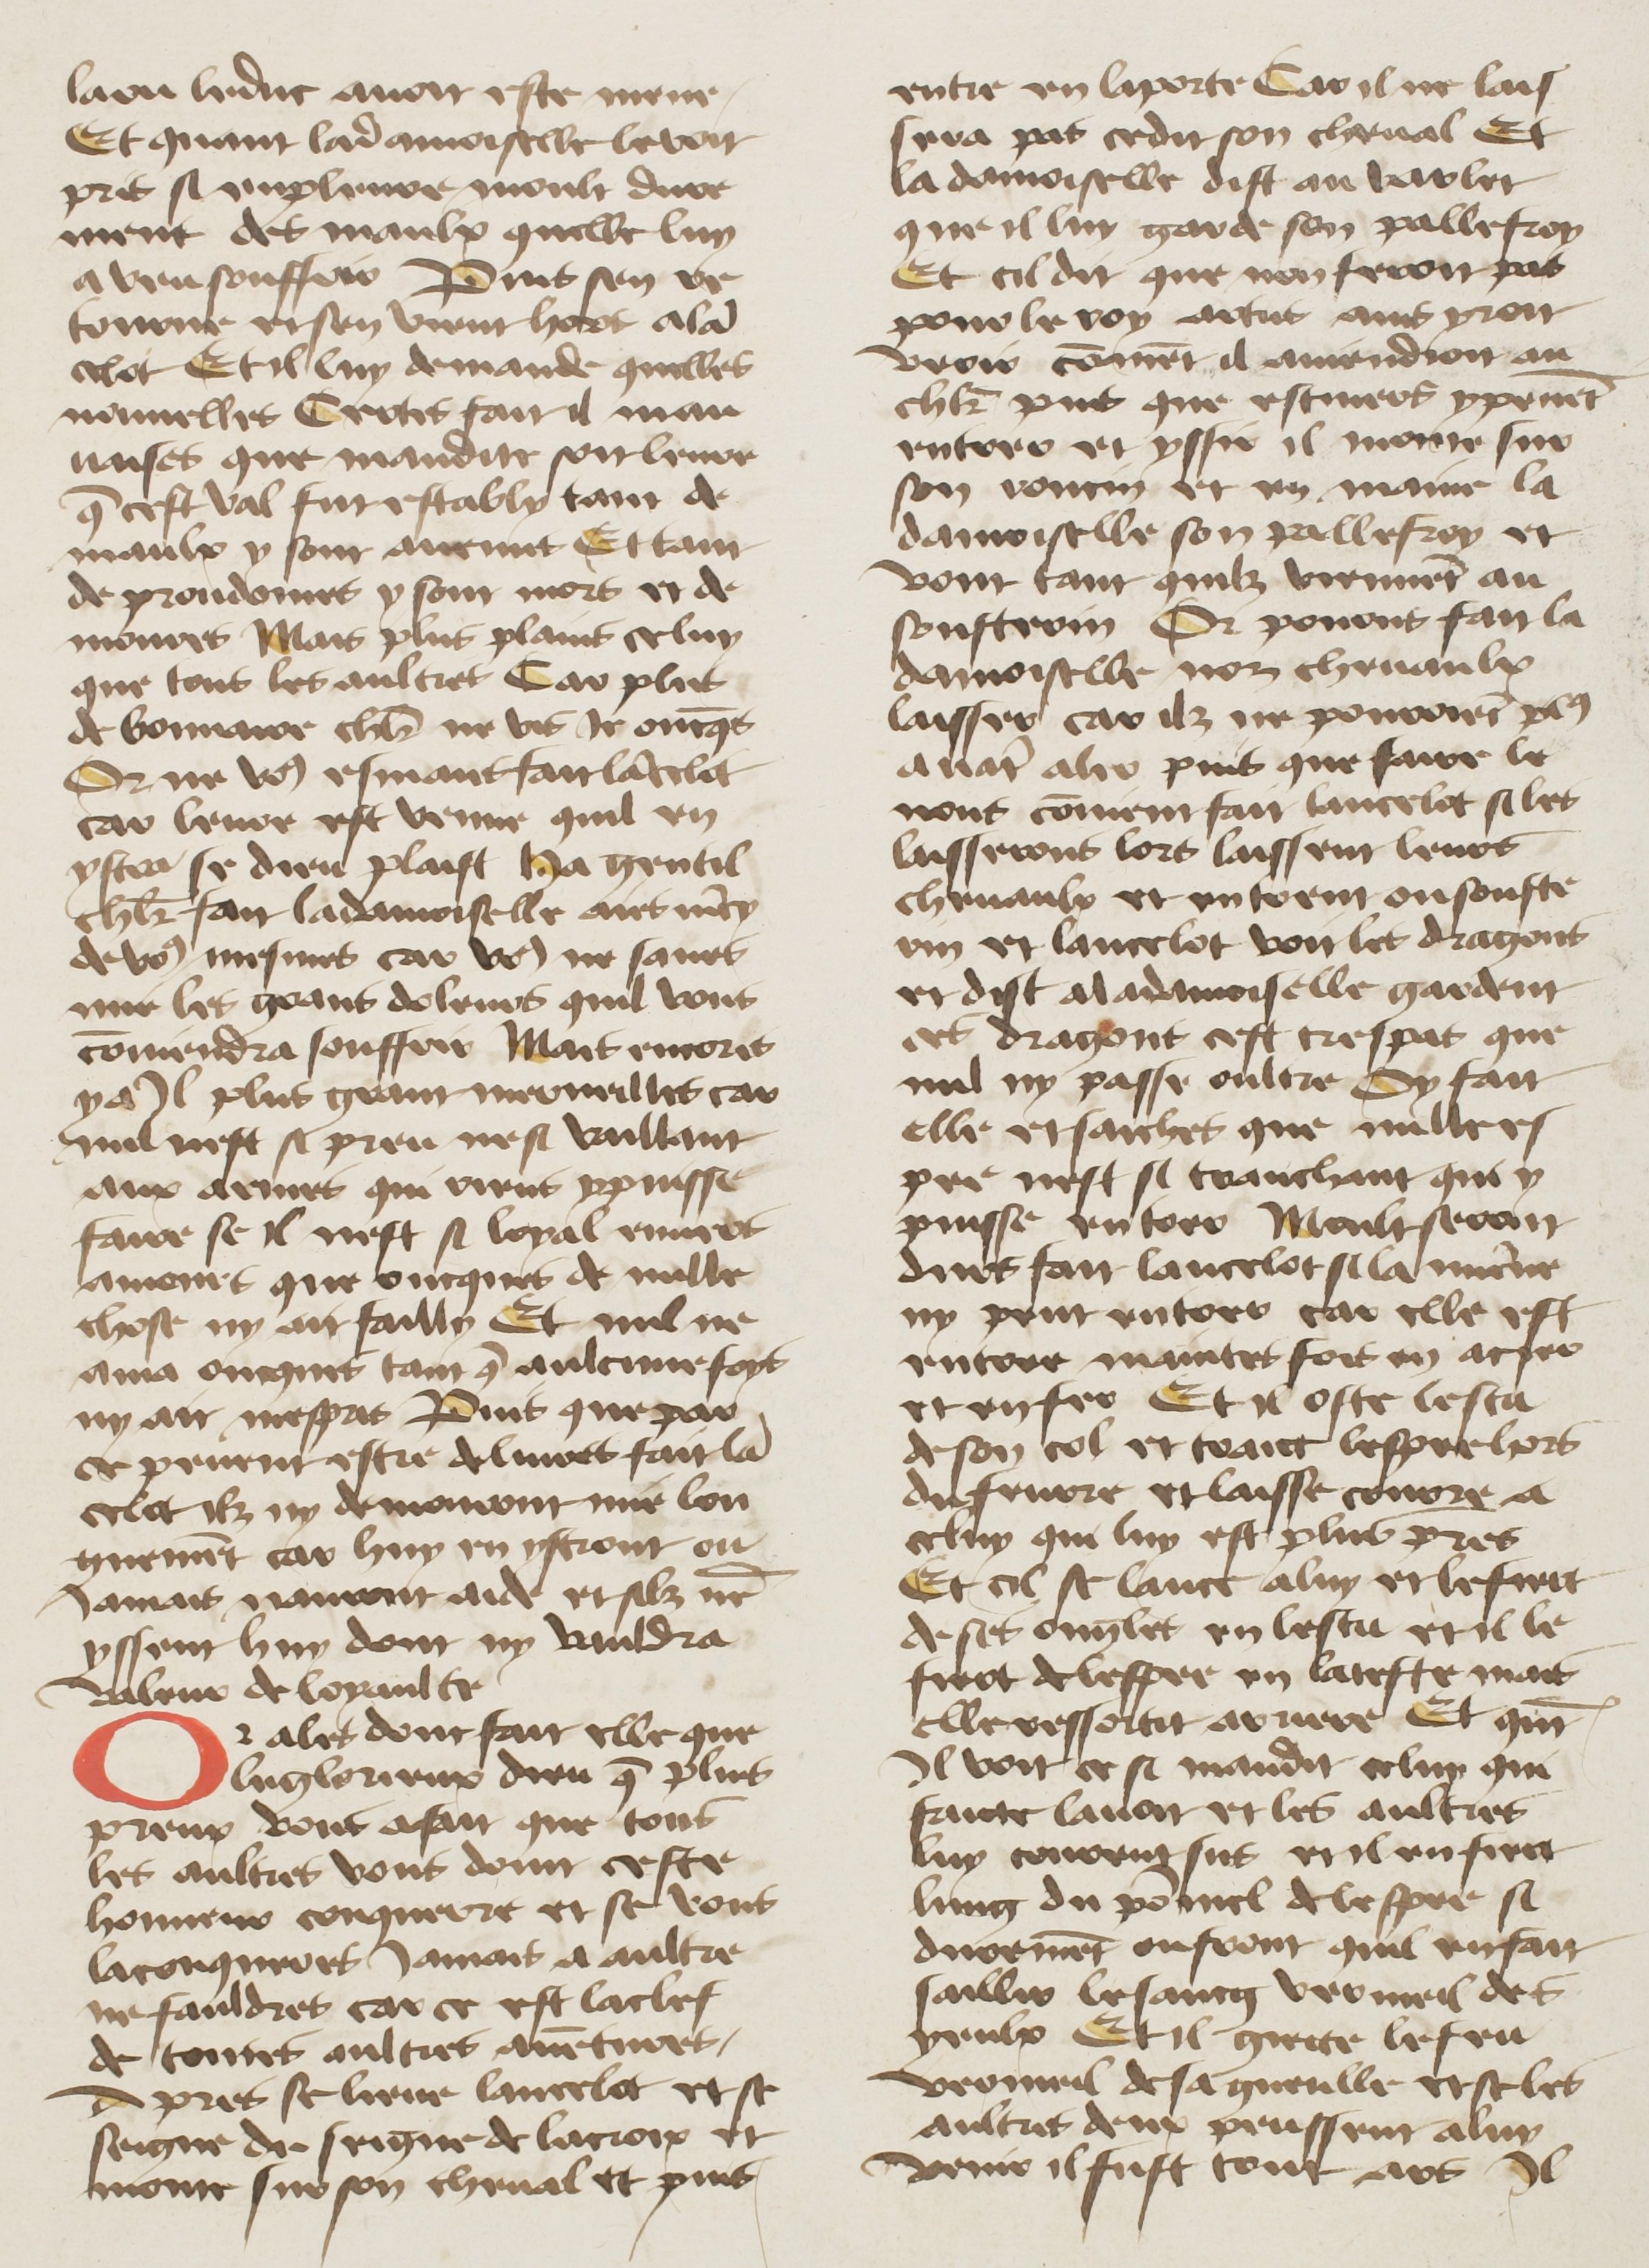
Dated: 1400–1499